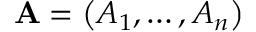
\mathbf { A } = \left( A _ { 1 } , \ldots , A _ { n } \right)